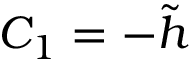
C _ { 1 } = - \tilde { h }